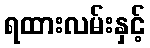
ရထားလမ်းနှင့်